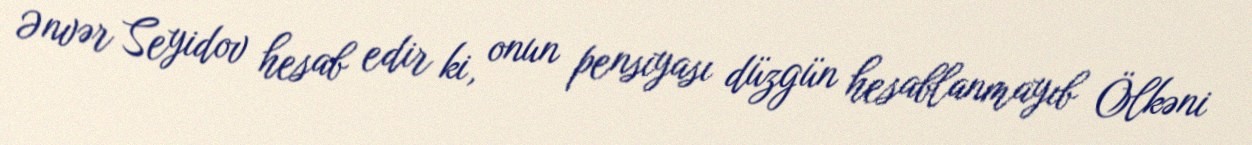
Ənvər Seyidov hesab edir ki, onun pensiyası düzgün hesablanmayıb Ölkəni